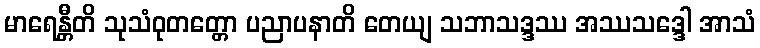
မာရေန္တီတိ သုသံဝုတတ္တော ပညာပနာတိ တေယျ သဘာသဒ္ဒဿ အဿသဒ္ဒေါ အာသံ